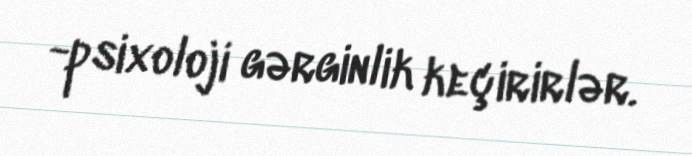
-psixoloji gərginlik keçirirlər.